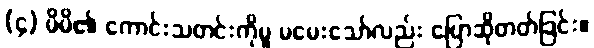
(၄) မိမိ၏ ကောင်းသတင်းကိုမူ မမေးသော်လည်း ပြောဆိုတတ်ခြင်း။